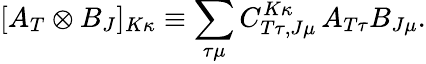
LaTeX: [A_{T}\otimes B_{J}]_{K\kappa}\equiv\sum_{\tau\mu}C_{T\tau,J\mu}^{K\kappa}\, A_{T\tau}B_{J\mu}.